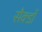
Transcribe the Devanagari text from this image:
सैक्डों